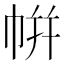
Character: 帲